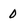
Character: 0